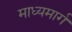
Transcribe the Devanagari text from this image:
माध्यमार्ग